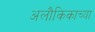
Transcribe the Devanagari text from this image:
अलौकिकाच्या